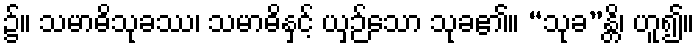
၌။ သမာဓိသုခဿ၊ သမာဓိနှင့် ယှဉ်သော သုခ၏။ “သုခ”န္တိ၊ ဟူ၍။